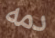
دمه